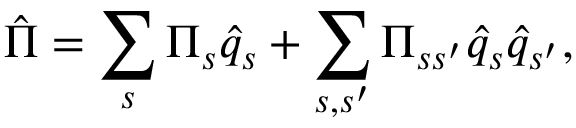
\hat { \Pi } = \sum _ { s } \Pi _ { s } \hat { q } _ { s } + \sum _ { s , s ^ { \prime } } \Pi _ { s s ^ { \prime } } \hat { q } _ { s } \hat { q } _ { s ^ { \prime } } ,